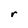
Character: r